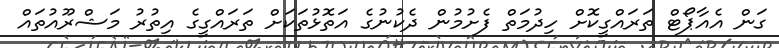
ގަން އެއާޕޯޓް ތަރައްގީކޮށް ހިދުމަތް ފެށުމުން ދެކުނުގެ އަތޮޅުތަކަށް ތަރައްގީގެ އިތުރު މަޝްރޫއުތައް